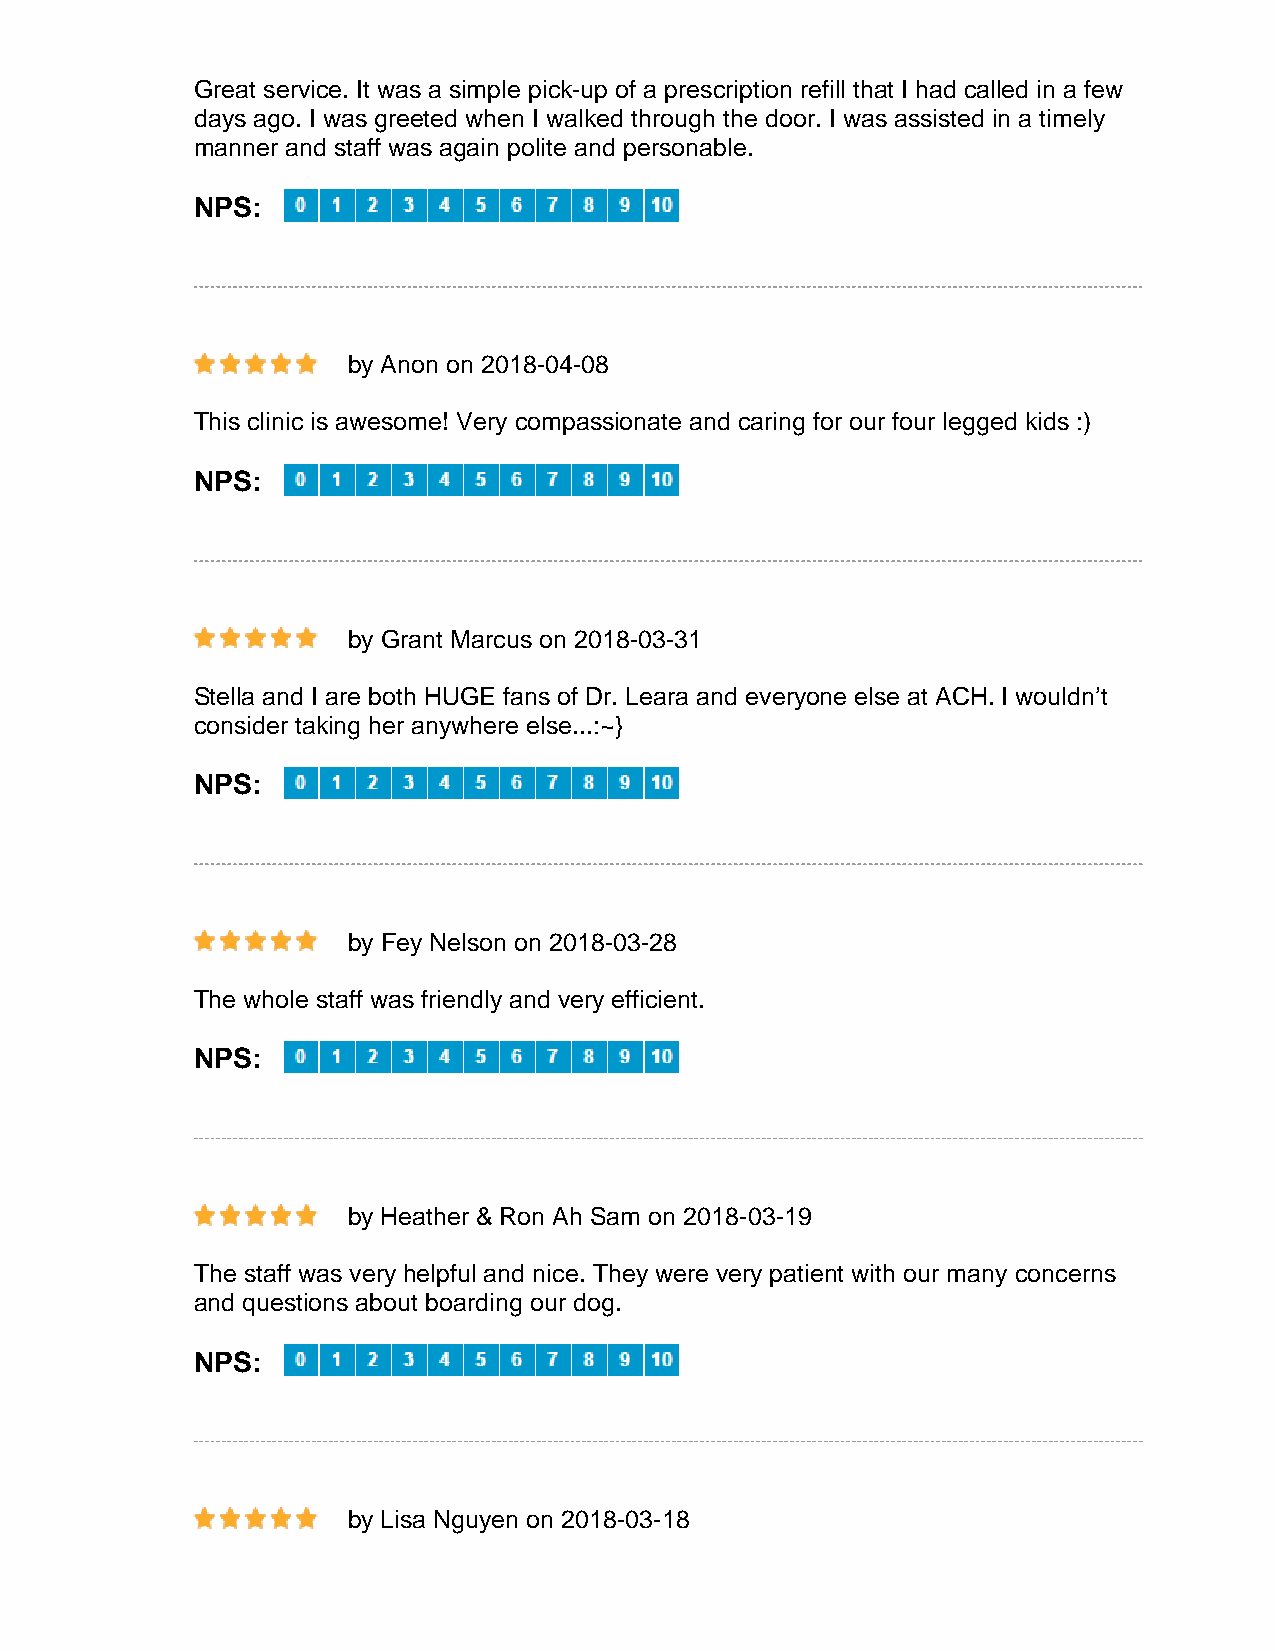
Great service. It was a simple pick-up of a prescription refill that I had called in a few
 days ago. I was greeted when I walked through the door. I was assisted in a timely
 manner and staff was again polite and personable.
 NPS:
 by Anon on 2018-04-08
 This clinic is awesome! Very compassionate and caring for our four legged kids :)
 NPS:
 by Grant Marcus on 2018-03-31
 Stella and I are both HUGE fans of Dr. Leara and everyone else at ACH. I wouldn’t
 consider taking her anywhere else...:~}
 NPS:
 by Fey Nelson on 2018-03-28
 The whole staff was friendly and very efficient.
 NPS:
 by Heather & Ron Ah Sam on 2018-03-19
 The staff was very helpful and nice. They were very patient with our many concerns
 and questions about boarding our dog.
 NPS:
 by Lisa Nguyen on 2018-03-18